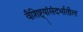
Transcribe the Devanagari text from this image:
वैशिष्ट्यांसंदर्भातील